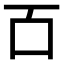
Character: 𫩑